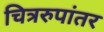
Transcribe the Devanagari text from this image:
चित्ररुपांतर